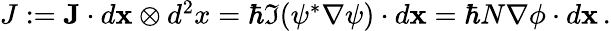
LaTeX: \begin{array}{r}{J:=\mathbf{J}\cdot d{\mathbf{x}}\otimes d^{2}x=\hbar\Im(\psi^{*}\nabla\psi)\cdot d{\mathbf{x}}=\hbar N\nabla\phi\cdot d{\mathbf{x}}\, .}\end{array}